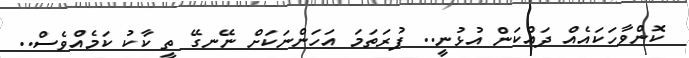
ކޮންވާހަކައެއް ދައްކަން އުޅުނީ.. ފުރަތަމަ އަހަންނަކަށް ނޭނގޭ ތީ ކާކު ކަމެއްވެސް..